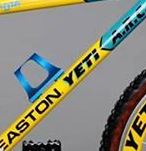
ASTON YETI A.R.C